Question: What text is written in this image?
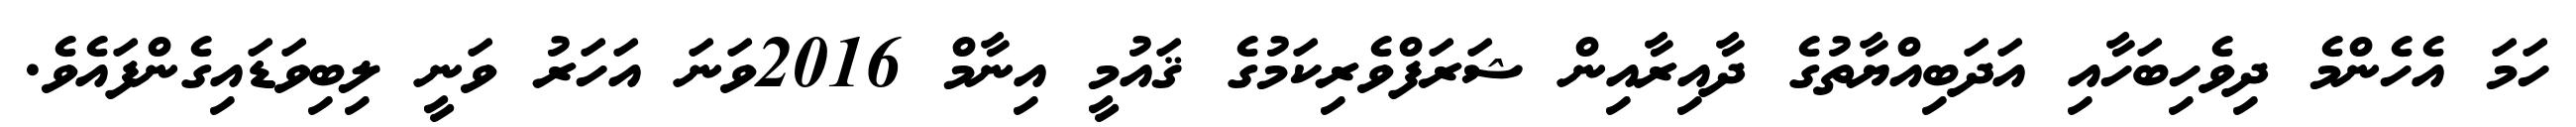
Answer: ހަމަ އެހެންމެ ދިވެހިބަހާއި އަދަބިއްޔާތުގެ ދާއިރާއިން ޝަރަފްވެރިކަމުގެ ޤައުމީ އިނާމް 2016ވަނަ އަހަރު ވަނީ ލިބިވަޑައިގެންފައެވެ.